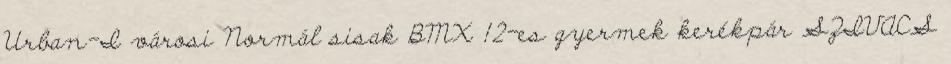
Urban-I városi Normál sisak BMX 12-es gyermek kerékpár SZIVACS